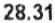
28.31